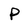
Character: p